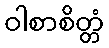
ဝါစာစိတ္တံ